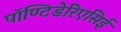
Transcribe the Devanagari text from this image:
पॉण्टिडेरिएसिई